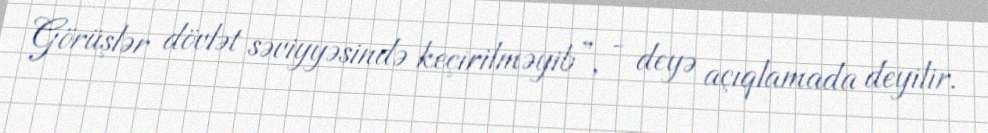
Görüşlər dövlət səviyyəsində keçirilməyib”, - deyə açıqlamada deyilir.